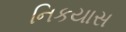
નિકયાસ